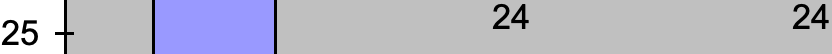
24        24 25